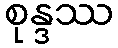
စုန္ဒဿ